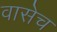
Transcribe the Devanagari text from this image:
वासेच